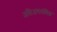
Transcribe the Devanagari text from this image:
अतिअवलंबित्व